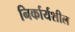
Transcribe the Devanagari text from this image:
निर्कार्यशील